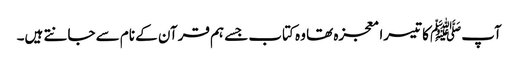
آپﷺ کا تیسرا معجزہ تھا وہ کتاب جسے ہم قرآن کے نام سے جانتے ہیں۔